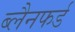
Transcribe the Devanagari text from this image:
ब्लैनफर्ड